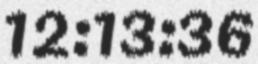
12:13:36